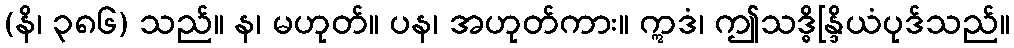
(နိ၊ ၃၈၆) သည်။ န၊ မဟုတ်။ ပန၊ အဟုတ်ကား။ ဣဒံ၊ ဤသဒ္ဓိန္ဒြိယံပုဒ်သည်။